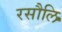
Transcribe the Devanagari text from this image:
रसौलि